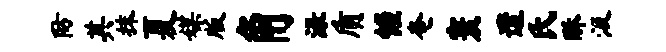
防其抹夏媒版角渌质幄奄寰遣氏酥汲